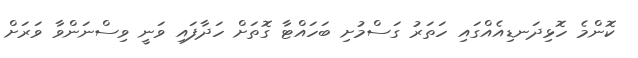
ކޮންމެ ހޮޅިިދަނޑިއެއްގައި ހަތަރު ގަސްމުށި ބަހައްޓާ ގޮތަށް ހަދާފައި ވަނީ ވިސްނަންވާ ވަރަށް